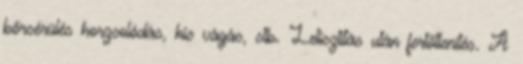
bőrsérülés horzsolódás, kis vágás, stb. Letisztítás után fertőtlenítés. A